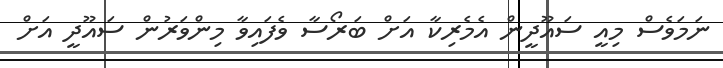
ނަމަވެސް މިއީ ސައޫދީން އެމެރިކާ އަށް ބަރޯސާ ވެފައިވާ މިންވަރުން ސައޫދީ އަށް